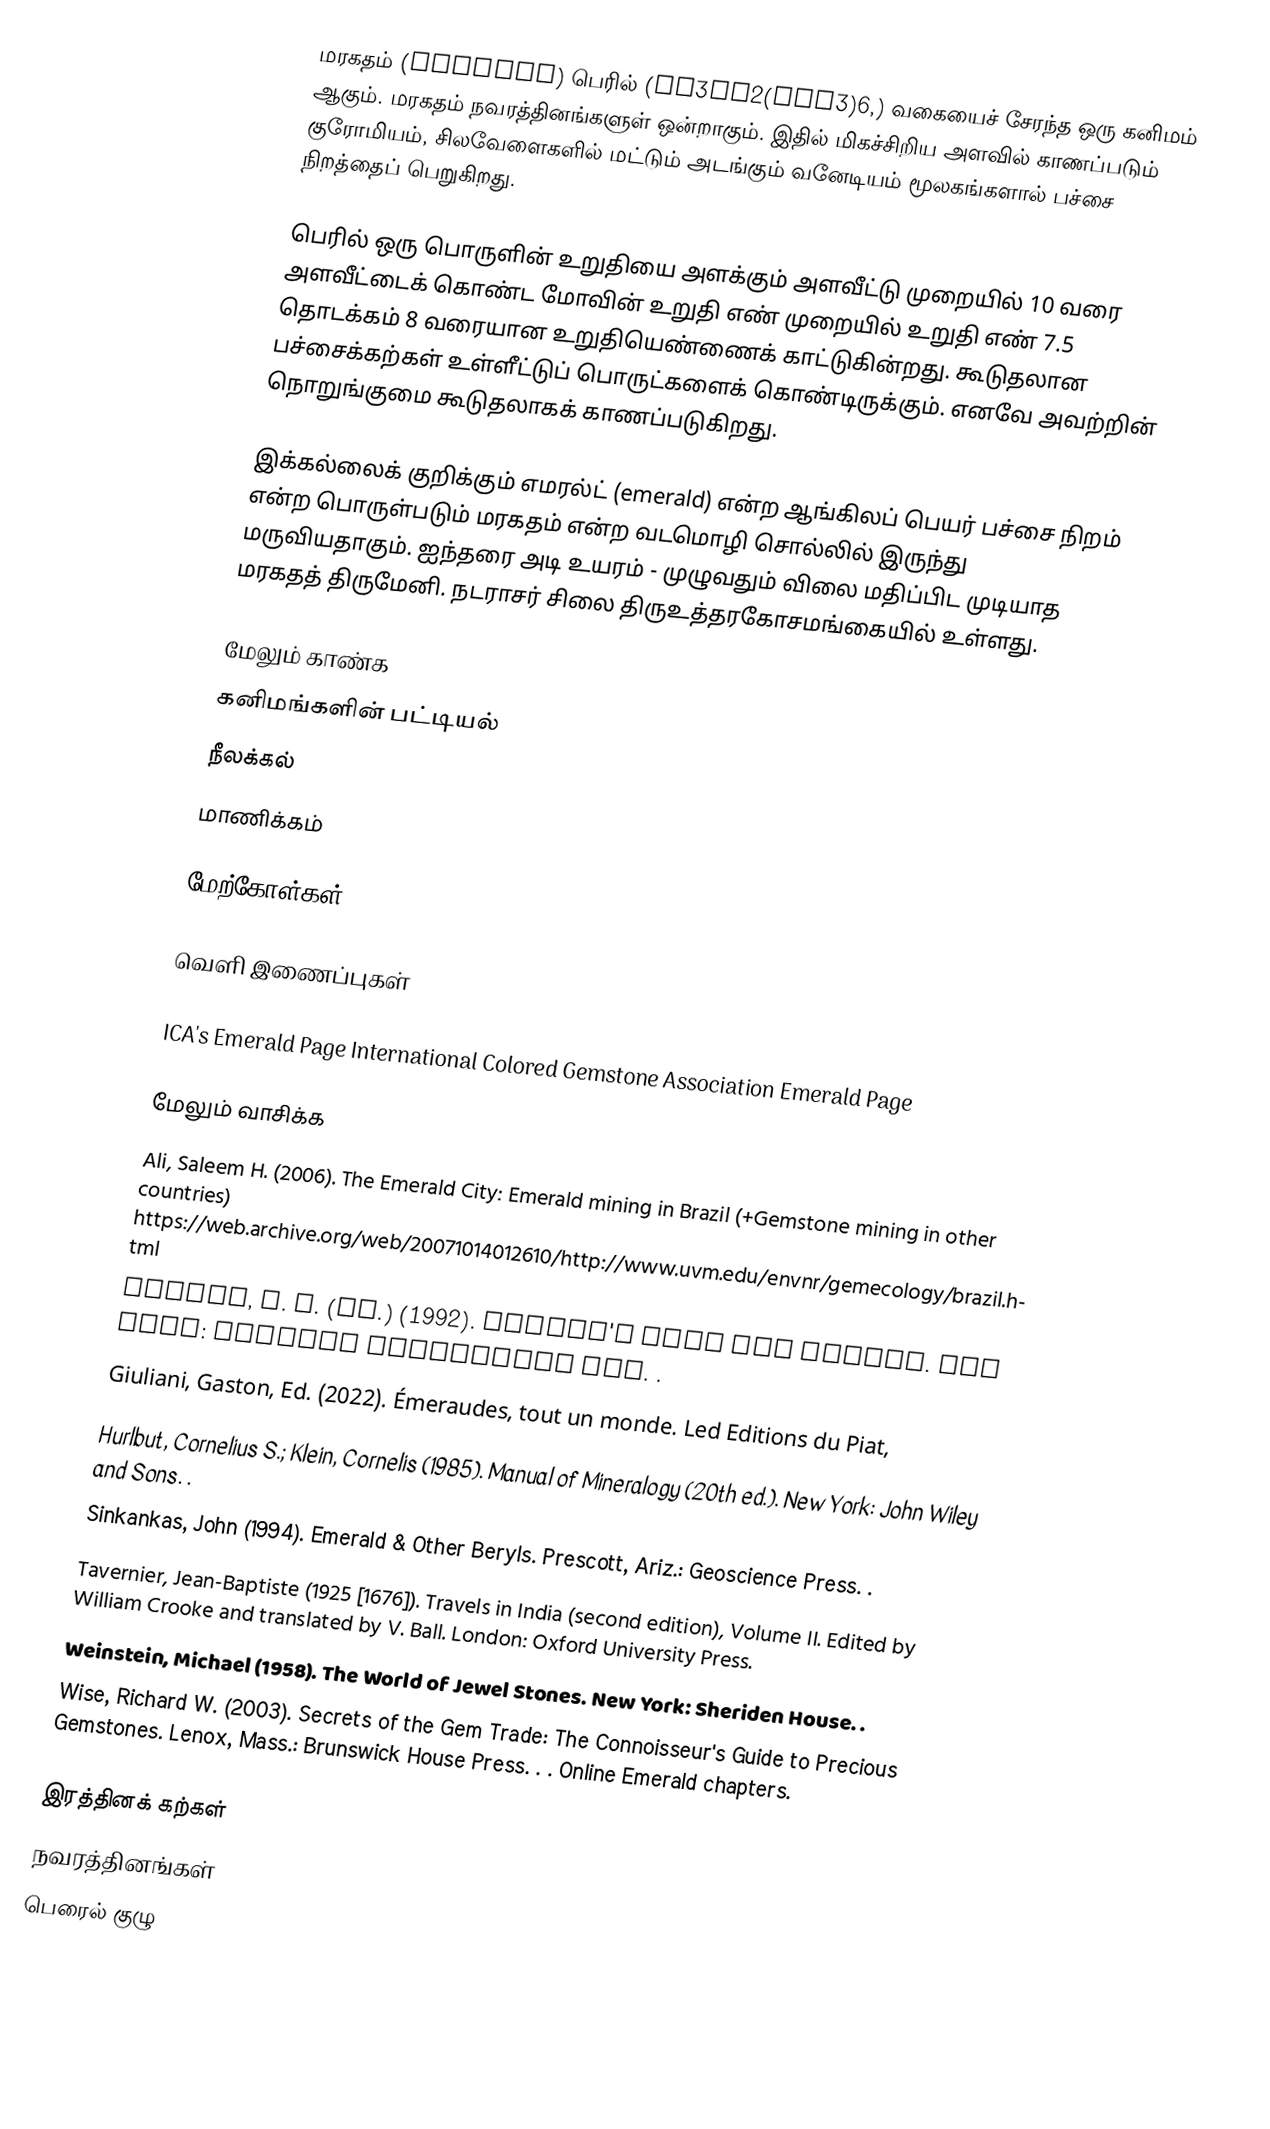
மரகதம் (Emerald) பெரில் (Be3Al2(SiO3)6,) வகையைச் சேரந்த ஒரு கனிமம் ஆகும். மரகதம் நவரத்தினங்களுள் ஒன்றாகும். இதில் மிகச்சிறிய அளவில் காணப்படும் குரோமியம், சிலவேளைகளில் மட்டும் அடங்கும் வனேடியம் மூலகங்களால் பச்சை நிறத்தைப் பெறுகிறது.

பெரில் ஒரு பொருளின் உறுதியை அளக்கும் அளவீட்டு முறையில் 10 வரை அளவீட்டைக் கொண்ட மோவின் உறுதி எண் முறையில் உறுதி எண் 7.5 தொடக்கம் 8 வரையான உறுதியெண்ணைக் காட்டுகின்றது. கூடுதலான பச்சைக்கற்கள் உள்ளீட்டுப் பொருட்களைக் கொண்டிருக்கும். எனவே அவற்றின் நொறுங்குமை கூடுதலாகக் காணப்படுகிறது.

இக்கல்லைக் குறிக்கும் எமரல்ட் (emerald) என்ற ஆங்கிலப் பெயர் பச்சை நிறம் என்ற பொருள்படும் மரகதம் என்ற வடமொழி சொல்லில் இருந்து மருவியதாகும். ஐந்தரை அடி உயரம் - முழுவதும் விலை மதிப்பிட முடியாத மரகதத் திருமேனி. நடராசர் சிலை திருஉத்தரகோசமங்கையில் உள்ளது.

மேலும் காண்க
கனிமங்களின் பட்டியல்
நீலக்கல்
மாணிக்கம்

மேற்கோள்கள்

வெளி இணைப்புகள்

 ICA's Emerald Page International Colored Gemstone Association Emerald Page

மேலும் வாசிக்க
 Ali, Saleem H. (2006). The Emerald City: Emerald mining in Brazil (+Gemstone mining in other countries) https://web.archive.org/web/20071014012610/http://www.uvm.edu/envnr/gemecology/brazil.html
 Cooper, J. C. (ed.) (1992). Brewer's Myth and Legend. New York: Cassell Publishers Ltd. .
 Giuliani, Gaston, Ed. (2022). Émeraudes, tout un monde. Led Editions du Piat,
 Hurlbut, Cornelius S.; Klein, Cornelis (1985). Manual of Mineralogy (20th ed.). New York: John Wiley and Sons. .
 Sinkankas, John (1994). Emerald & Other Beryls. Prescott, Ariz.: Geoscience Press. .
 Tavernier, Jean-Baptiste (1925 [1676]). Travels in India (second edition), Volume II. Edited by William Crooke and translated by V. Ball. London: Oxford University Press.
 Weinstein, Michael (1958). The World of Jewel Stones. New York: Sheriden House. .
 Wise, Richard W. (2003). Secrets of the Gem Trade: The Connoisseur's Guide to Precious Gemstones. Lenox, Mass.: Brunswick House Press. . . Online Emerald chapters.

இரத்தினக் கற்கள்
நவரத்தினங்கள்
பெரைல் குழு